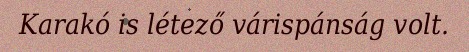
Karakó is létező várispánság volt.